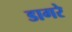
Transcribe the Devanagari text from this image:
डागरे